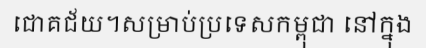
ជោគជ័យ។សម្រាប់ប្រទេសកម្ពុជា នៅក្នុង